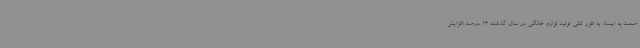
صمت به ایسنا، به طور کلی تولید لوازم خانگی در سال گذشته 13 درصد افزایش